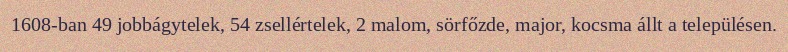
1608-ban 49 jobbágytelek, 54 zsellértelek, 2 malom, sörfőzde, major, kocsma állt a településen.